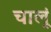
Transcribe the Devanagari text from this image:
चालूं